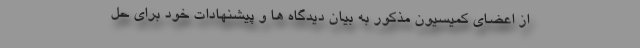
از اعضای کمیسیون مذکور به بیان دیدگاه ها و پیشنهادات خود برای حل